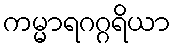
ကမ္မာရဂဂ္ဂရိယာ